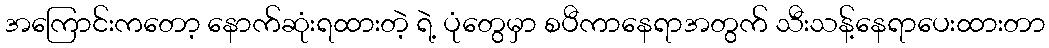
အကြောင်းကတော့ နောက်ဆုံးရထားတဲ့ ရဲ့ ပုံတွေမှာ စပီကာနေရာအတွက် သီးသန့်နေရာပေးထားတာ